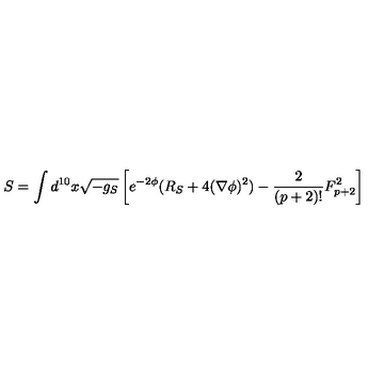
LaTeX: S = \int d ^ { 1 0 } x \sqrt { - g _ { S } } \left[ e ^ { - 2 \phi } ( R _ { S } + 4 ( \nabla \phi ) ^ { 2 } ) - \frac { 2 } { ( p + 2 ) ! } F _ { p + 2 } ^ { 2 } \right]